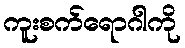
ကူးစက်ရောဂါကို